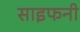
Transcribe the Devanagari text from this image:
साइफनी